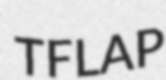
TFLAP